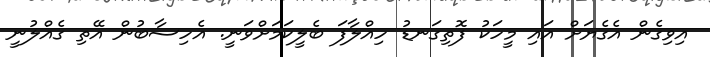
އިވިގެން އެގެޔަށް އައި މީހަކު ފޮތިގަނޑު ހިއްލާފަ ބެލީކަމަށްވަނީ. އެހިސާބުން އޭތި ގެއްލުނީ